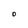
Character: 0